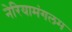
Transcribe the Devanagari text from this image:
नेरियामंगलम